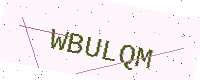
Text: WBULQM